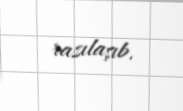
razılaşıb.